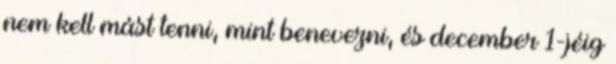
nem kell mást tenni, mint benevezni, és december 1-jéig